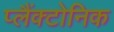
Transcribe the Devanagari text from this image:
प्लैंक्टोनिक